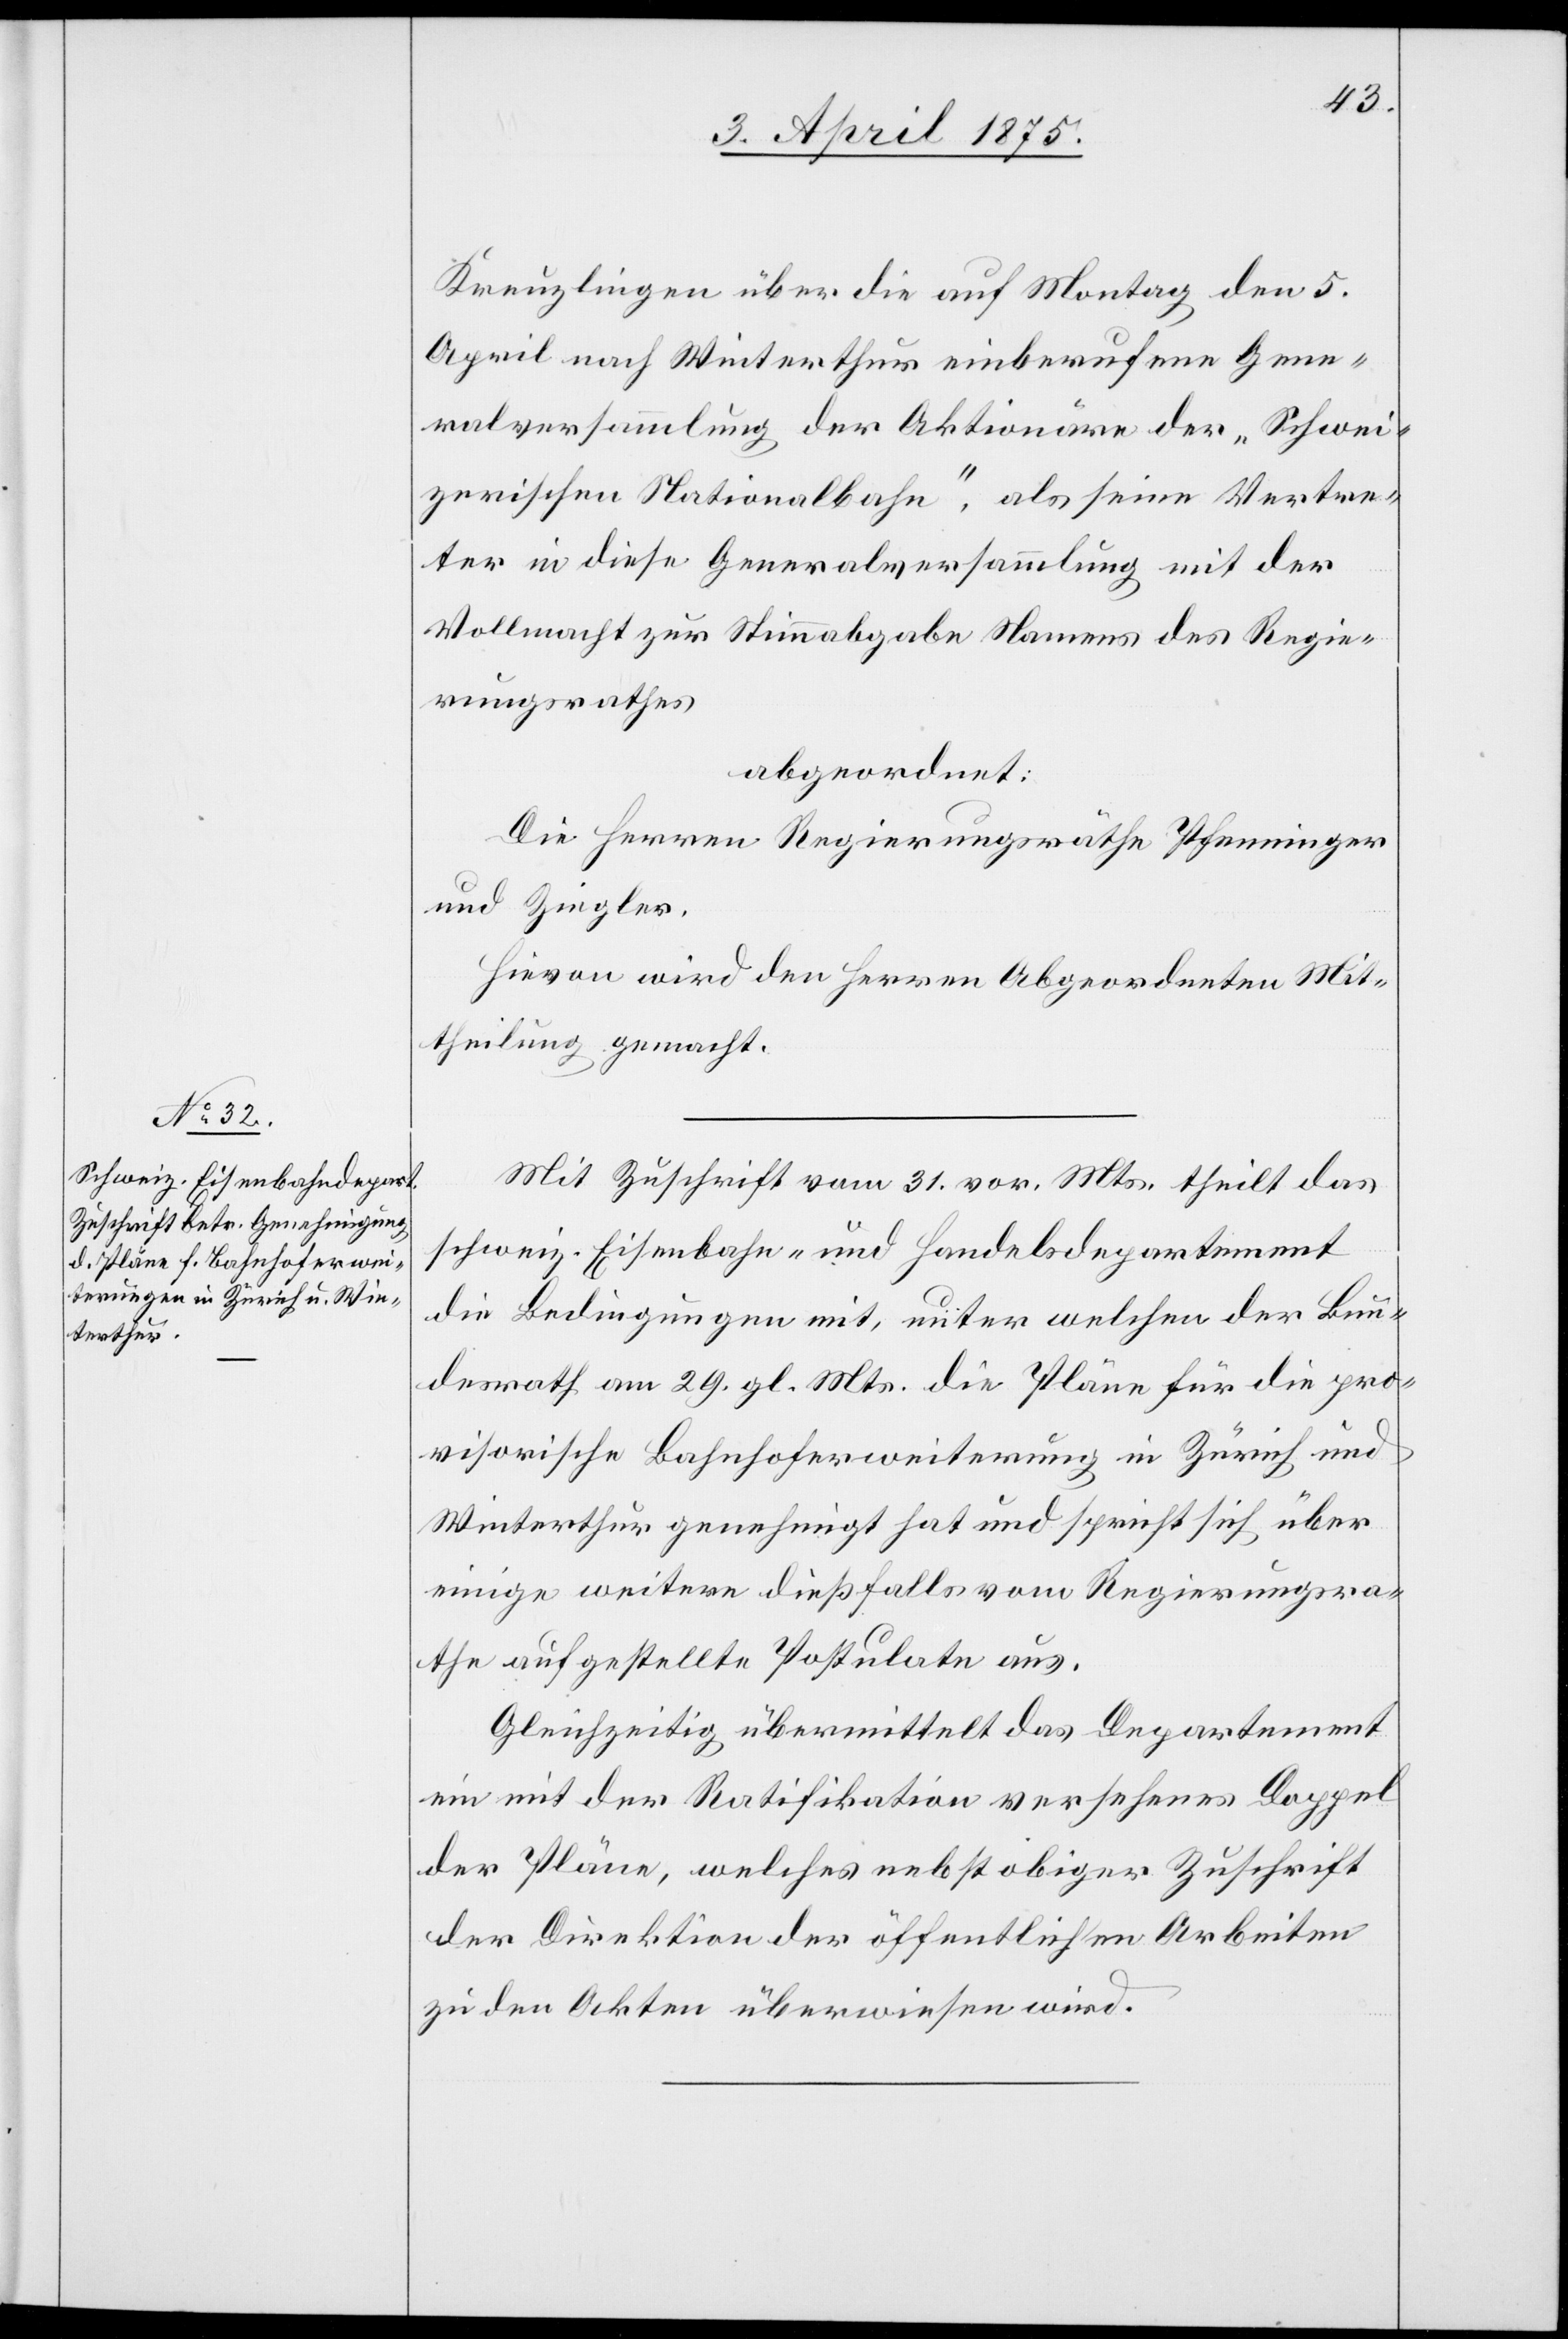
Kreuzlingen über die auf Montag den 5.
April nach Winterthur einberufenen Gene¬
ralversammlung der Aktionäre der „Schwei¬
zerischen Nationalbahn“, als seine Vertre¬
ter in diese Generalversammlung mit der
Vollmacht zur Stimmabgabe Namens des Regie¬
rungsrathes,
abgeordnet:
Die Herren Regierungsräthe Pfenninger
und Ziegler.
Hievon wird den Herren Abgeordneten Mit¬
theilung gemacht.
Mit Zuschrift vom 31. vor. Mts theilt das
schweiz. Eisenbahn- und Handelsdepartement
die Bedingungen mit, unter welchen der Bun¬
desrath am 29. gl. Mts. die Pläne für die pro¬
visorische Bahnhoferweiterung in Zürich und
Winterthur genehmigt hat und spricht sich über
einige weitere dießfalls vom Regierungsra¬
the aufgestellte Postulate aus.
Gleichzeitig übermittelt das Departement
ein mit der Ratifikation versehenes Doppel
der Pläne, welches nebst obiger Zuschrift
der Direktion der öffentlichen Arbeiten
zu den Akten überwiesen wird.